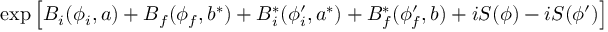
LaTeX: \exp \left[ B _ { i } ( \phi _ { i } , a ) + B _ { f } ( \phi _ { f } , b ^ { * } ) + B _ { i } ^ { * } ( \phi _ { i } ^ { \prime } , a ^ { * } ) + B _ { f } ^ { * } ( \phi _ { f } ^ { \prime } , b ) + i S ( \phi ) - i S ( \phi ^ { \prime } ) \right]